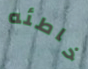
خاطئه